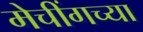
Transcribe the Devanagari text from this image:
मेचींगच्या